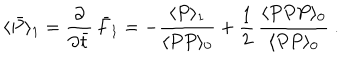
\langle \bar { P } \rangle _ { 1 } = { \frac { \partial } { \partial \bar { t } } } \, \bar { F } _ { 1 } = - { \frac { \langle P \rangle _ { 1 } } { \langle P P \rangle _ { 0 } } } + { \frac { 1 } { 2 } } \, { \frac { \langle P P P \rangle _ { 0 } } { \langle P P \rangle _ { 0 } } } \ .